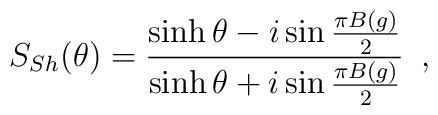
S_{Sh}(\theta) = \frac{\sinh\theta - i \sin\frac{\pi B(g)}{2}}{\sinh\theta + i \sin\frac{\pi B(g)}{2}}\,\,\,,